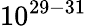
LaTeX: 10^{29-31}